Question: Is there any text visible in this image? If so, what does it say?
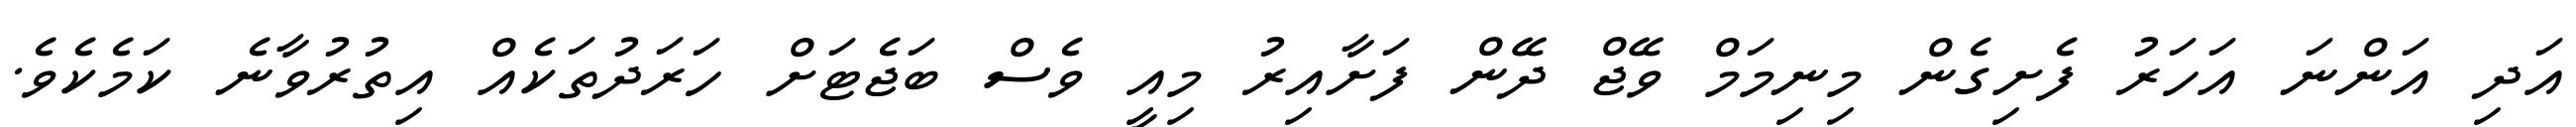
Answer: އަދި އަންނަ އަހަރު ފެށިގެން މިނިމަމް ވޭޖް ދޭން ފަށާއިރު މިއީ ވެސް ބަޖެޓަށް ހަރަދުތަކެއް އިތުރުވާނެ ކަމެކެވެ.